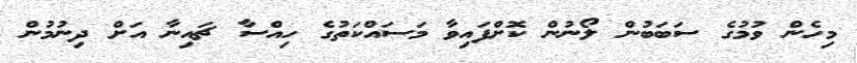
މިހެން ވުމުގެ ސަަބަބުން ލޯނުން ކޮށްފައިވާ މަސައްކަތުގެ ހިއްސާ ޗައިނާ އަށް ދިނުމުން